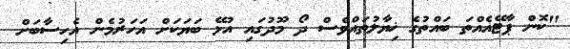
"ކޮން ޕާޓޭއެއްތަ ބައްތުގެ ޚިޔާލުތައްވެސް ދޯ މޫދުގައި އުޅޭ ބަޔަކަށް އަހަރުމެން އެހިސާބަށް